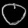
Digit: ၀